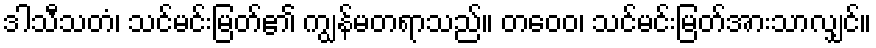
ဒါသီသတံ၊ သင်မင်းမြတ်၏ ကျွန်မတရာသည်။ တဝေဝ၊ သင်မင်းမြတ်အားသာလျှင်။